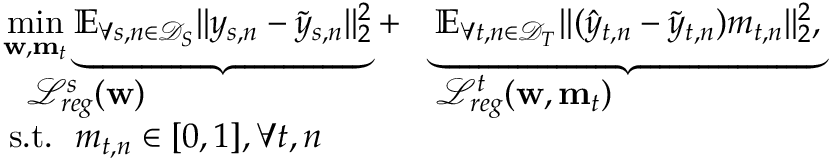
\begin{array} { r l } & { \begin{array} { l } { \underset { \mathbf { w } , \mathbf { m } _ { t } } { \mathop { \operatorname* { m i n } } } \underbrace { { \mathbb { E } } _ { \forall s , n \in \mathcal { D } _ { S } } | | y _ { s , n } - \tilde { y } _ { s , n } | | _ { 2 } ^ { 2 } } + } \\ { ~ ~ { \mathcal { L } _ { r e g } ^ { s } ( \mathbf { w } ) } } \end{array} \begin{array} { l } { \underbrace { { \mathbb { E } } _ { \forall t , n \in \mathcal { D } _ { T } } | | ( \hat { y } _ { t , n } - \tilde { y } _ { t , n } ) m _ { t , n } | | _ { 2 } ^ { 2 } , } } \\ { { \mathcal { L } _ { r e g } ^ { t } ( \mathbf { w } , \mathbf { m } _ { t } ) } } \end{array} } \\ & { ~ ~ \mathrm { s . t . } ~ ~ m _ { t , n } \in [ 0 , 1 ] , \forall t , n } \end{array}